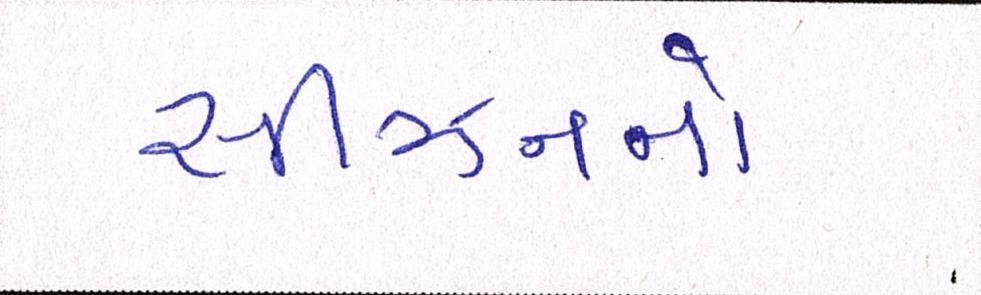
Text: સીઝનનો